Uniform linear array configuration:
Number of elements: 64
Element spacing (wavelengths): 1
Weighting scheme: kaiser
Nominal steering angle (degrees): -45
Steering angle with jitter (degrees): -46.318
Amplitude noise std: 0.05
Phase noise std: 0.05

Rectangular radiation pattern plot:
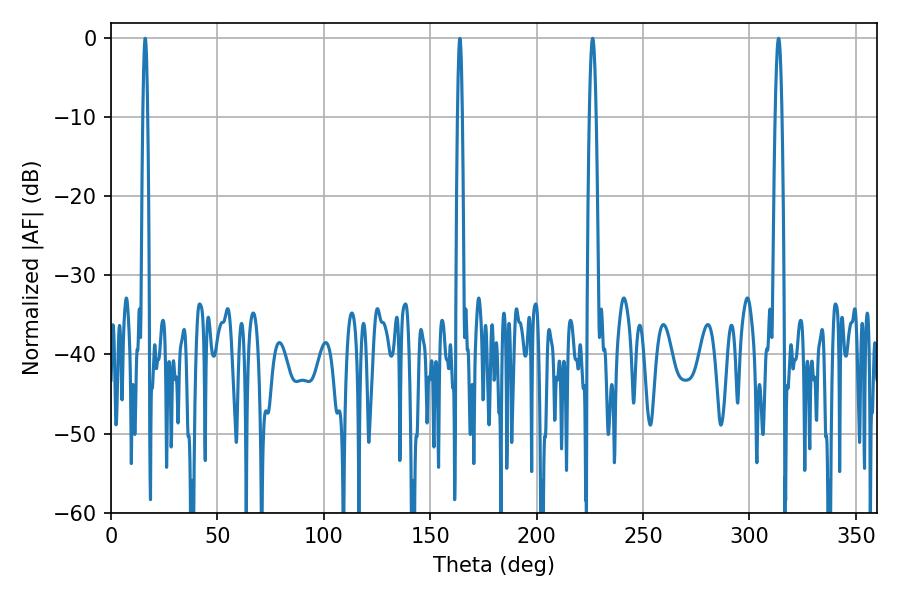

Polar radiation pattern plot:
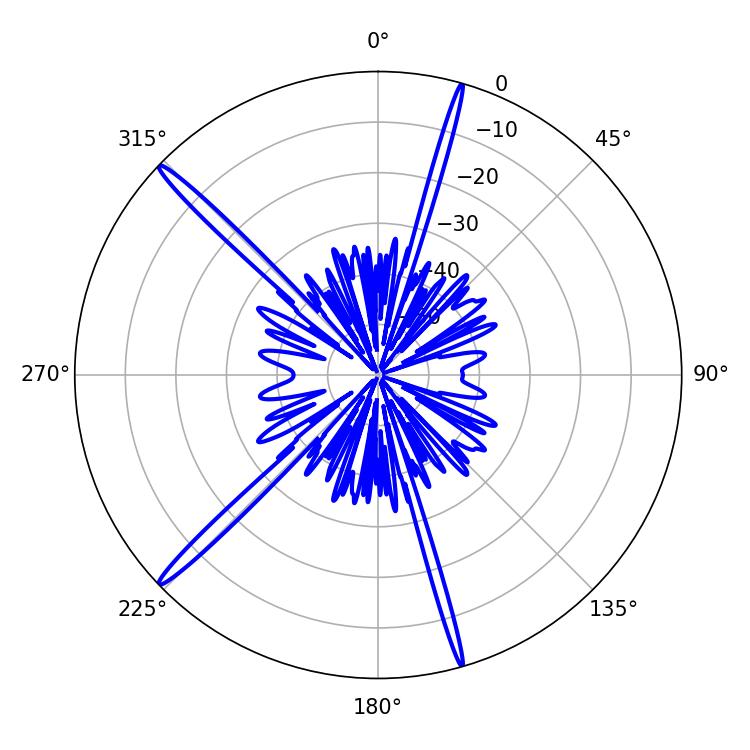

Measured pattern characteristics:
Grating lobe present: TRUE
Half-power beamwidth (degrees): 1.62
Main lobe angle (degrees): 226.26